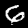
Label: 6